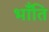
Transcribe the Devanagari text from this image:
भाँंति